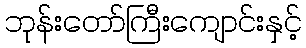
ဘုန်းတော်ကြီးကျောင်းနှင့်